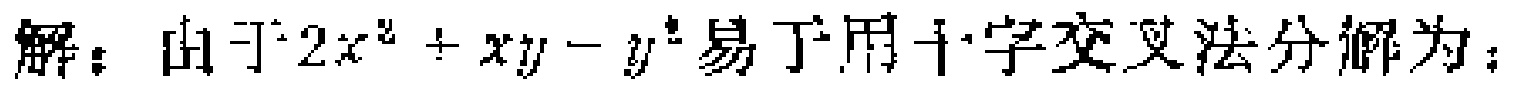
解：由于\(2x^{2}+xy - y^{2}\)易于用十字交叉法分解为：